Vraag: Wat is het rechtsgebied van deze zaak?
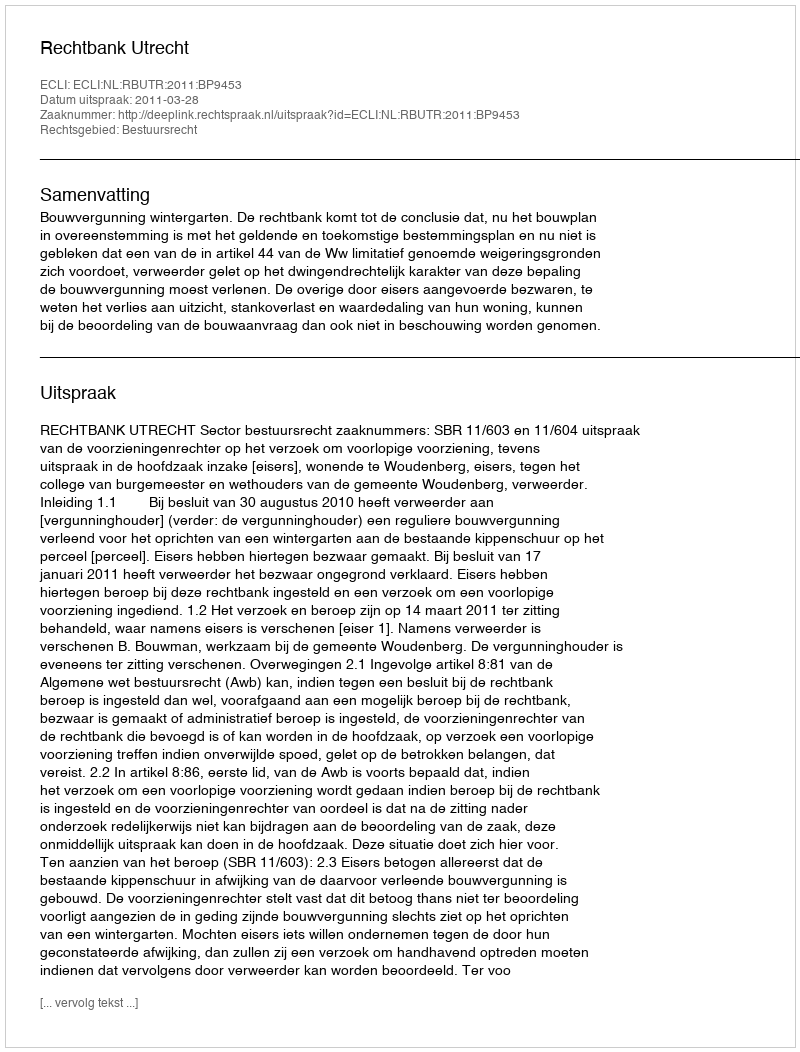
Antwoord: Bestuursrecht